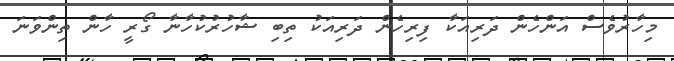
މިހާރުވެސް އަންހެން ދަރިއަކާ ފިރިހެން ދަރިއަކު ތިބި ޝާހުރުކުހާނާ ގޯރީ ހާން ތިންވަނަ